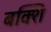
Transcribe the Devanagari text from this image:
बक्शि